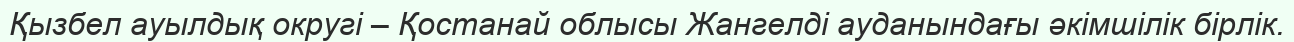
Қызбел ауылдық округі – Қостанай облысы Жангелді ауданындағы әкімшілік бірлік.